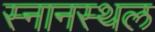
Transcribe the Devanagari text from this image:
स्नानस्थल